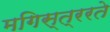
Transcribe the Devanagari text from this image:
मगिस्त्ररते